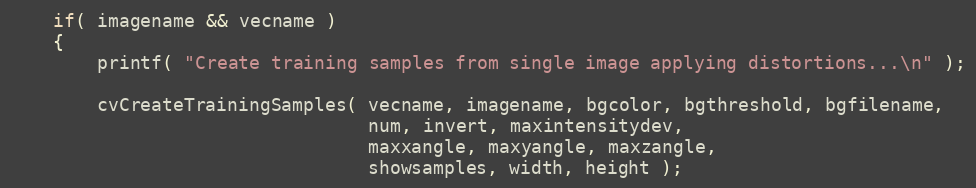
Language: C++
    if( imagename && vecname )
    {
        printf( "Create training samples from single image applying distortions...\n" );

        cvCreateTrainingSamples( vecname, imagename, bgcolor, bgthreshold, bgfilename,
                                 num, invert, maxintensitydev,
                                 maxxangle, maxyangle, maxzangle,
                                 showsamples, width, height );